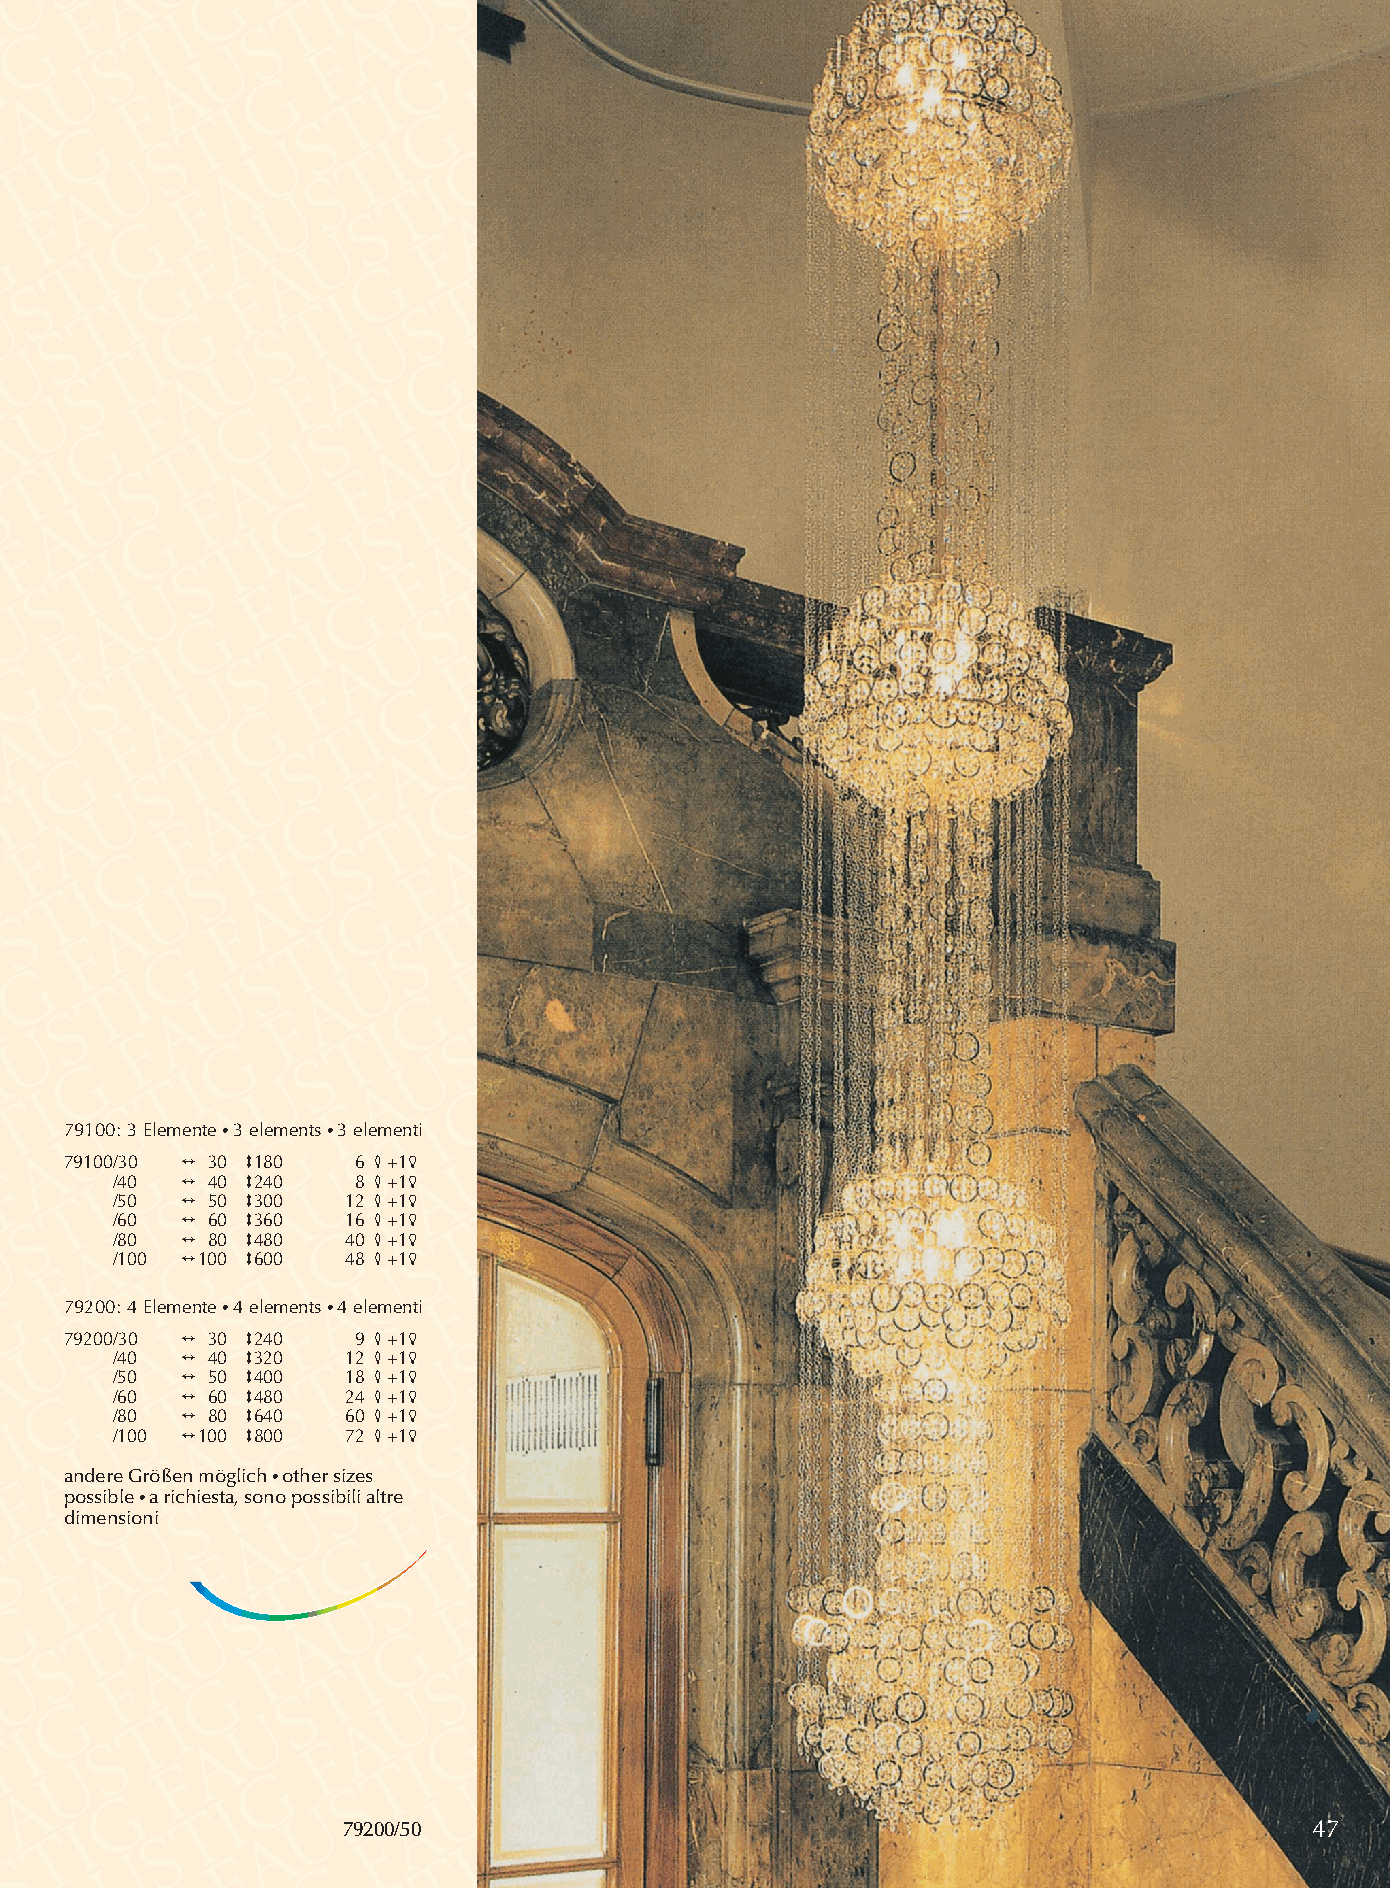
79100: 3 Elemente •3 elements •3 elementi
 79100/30 2 30 3180  6 4+15
 /40  2 40 3240   8 4+15
 /50  2 50 3300  12 4+15
 /60  2 60 3360  16 4+15
 /80  2 80 3480  40 4+15
 /100 2100 3600  48 4+15
 79200: 4 Elemente •4 elements •4 elementi
 79200/30 2 30 3240  9 4+15
 /40  2 40 3320  12 4+15
 /50  2 50 3400  18 4+15
 /60  2 60 3480  24 4+15
 /80  2 80 3640  60 4+15
 /100 2100 3800  72 4+15
 andere Größen möglich •other sizes
 possible•a richiesta, sono possibili altre
 dimensioni
 79200/50                                                        47